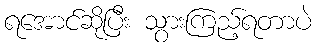
ရအောင်ဆိုပြီး သွားကြည့်ရတာပဲ